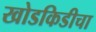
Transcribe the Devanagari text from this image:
खोडकिडीचा